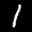
Label: 1